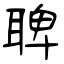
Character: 聛